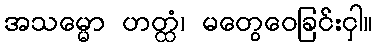
အသမ္မော ဟတ္ထံ၊ မတွေဝေခြင်းငှါ။